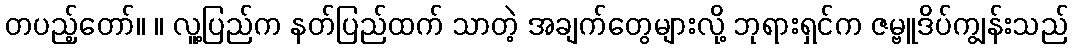
တပည့်တော်။ ။ လူ့ပြည်က နတ်ပြည်ထက် သာတဲ့ အချက်တွေများလို့ ဘုရားရှင်က ဇမ္ဗူဒိပ်ကျွန်းသည်